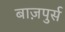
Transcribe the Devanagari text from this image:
बाज़पुर्स